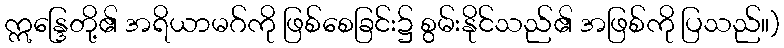
ဣန္ဒြေတို့၏ အရိယာမဂ်ကို ဖြစ်စေခြင်း၌ စွမ်းနိုင်သည်၏ အဖြစ်ကို ပြသည်။)